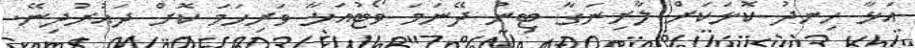
އަޅާ ހިނދު ކޮޅަކަށް ލާރިނަގާ ޓިނު ދޭނަމަ ވޯޓުއަޅާ ވަރިހަމަ ކޮށް ދައުރުދިނޭ.